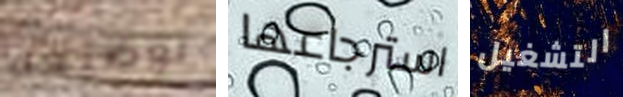
توضيحه استرجاعها التشغيل